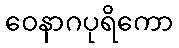
ဝေနာဂပုရိကော